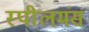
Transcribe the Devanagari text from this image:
स्पीलमंस